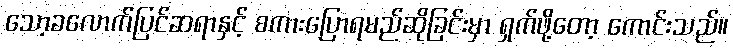
သော့ခလောက်ပြင်ဆရာနှင့် စကားပြောရမည်ဆိုခြင်းမှာ ရှက်ဖို့တော့ ကောင်းသည်။